NASA-UAP-D4, Apollo 11 Technical Crew Debriefing, 1969
Page 3
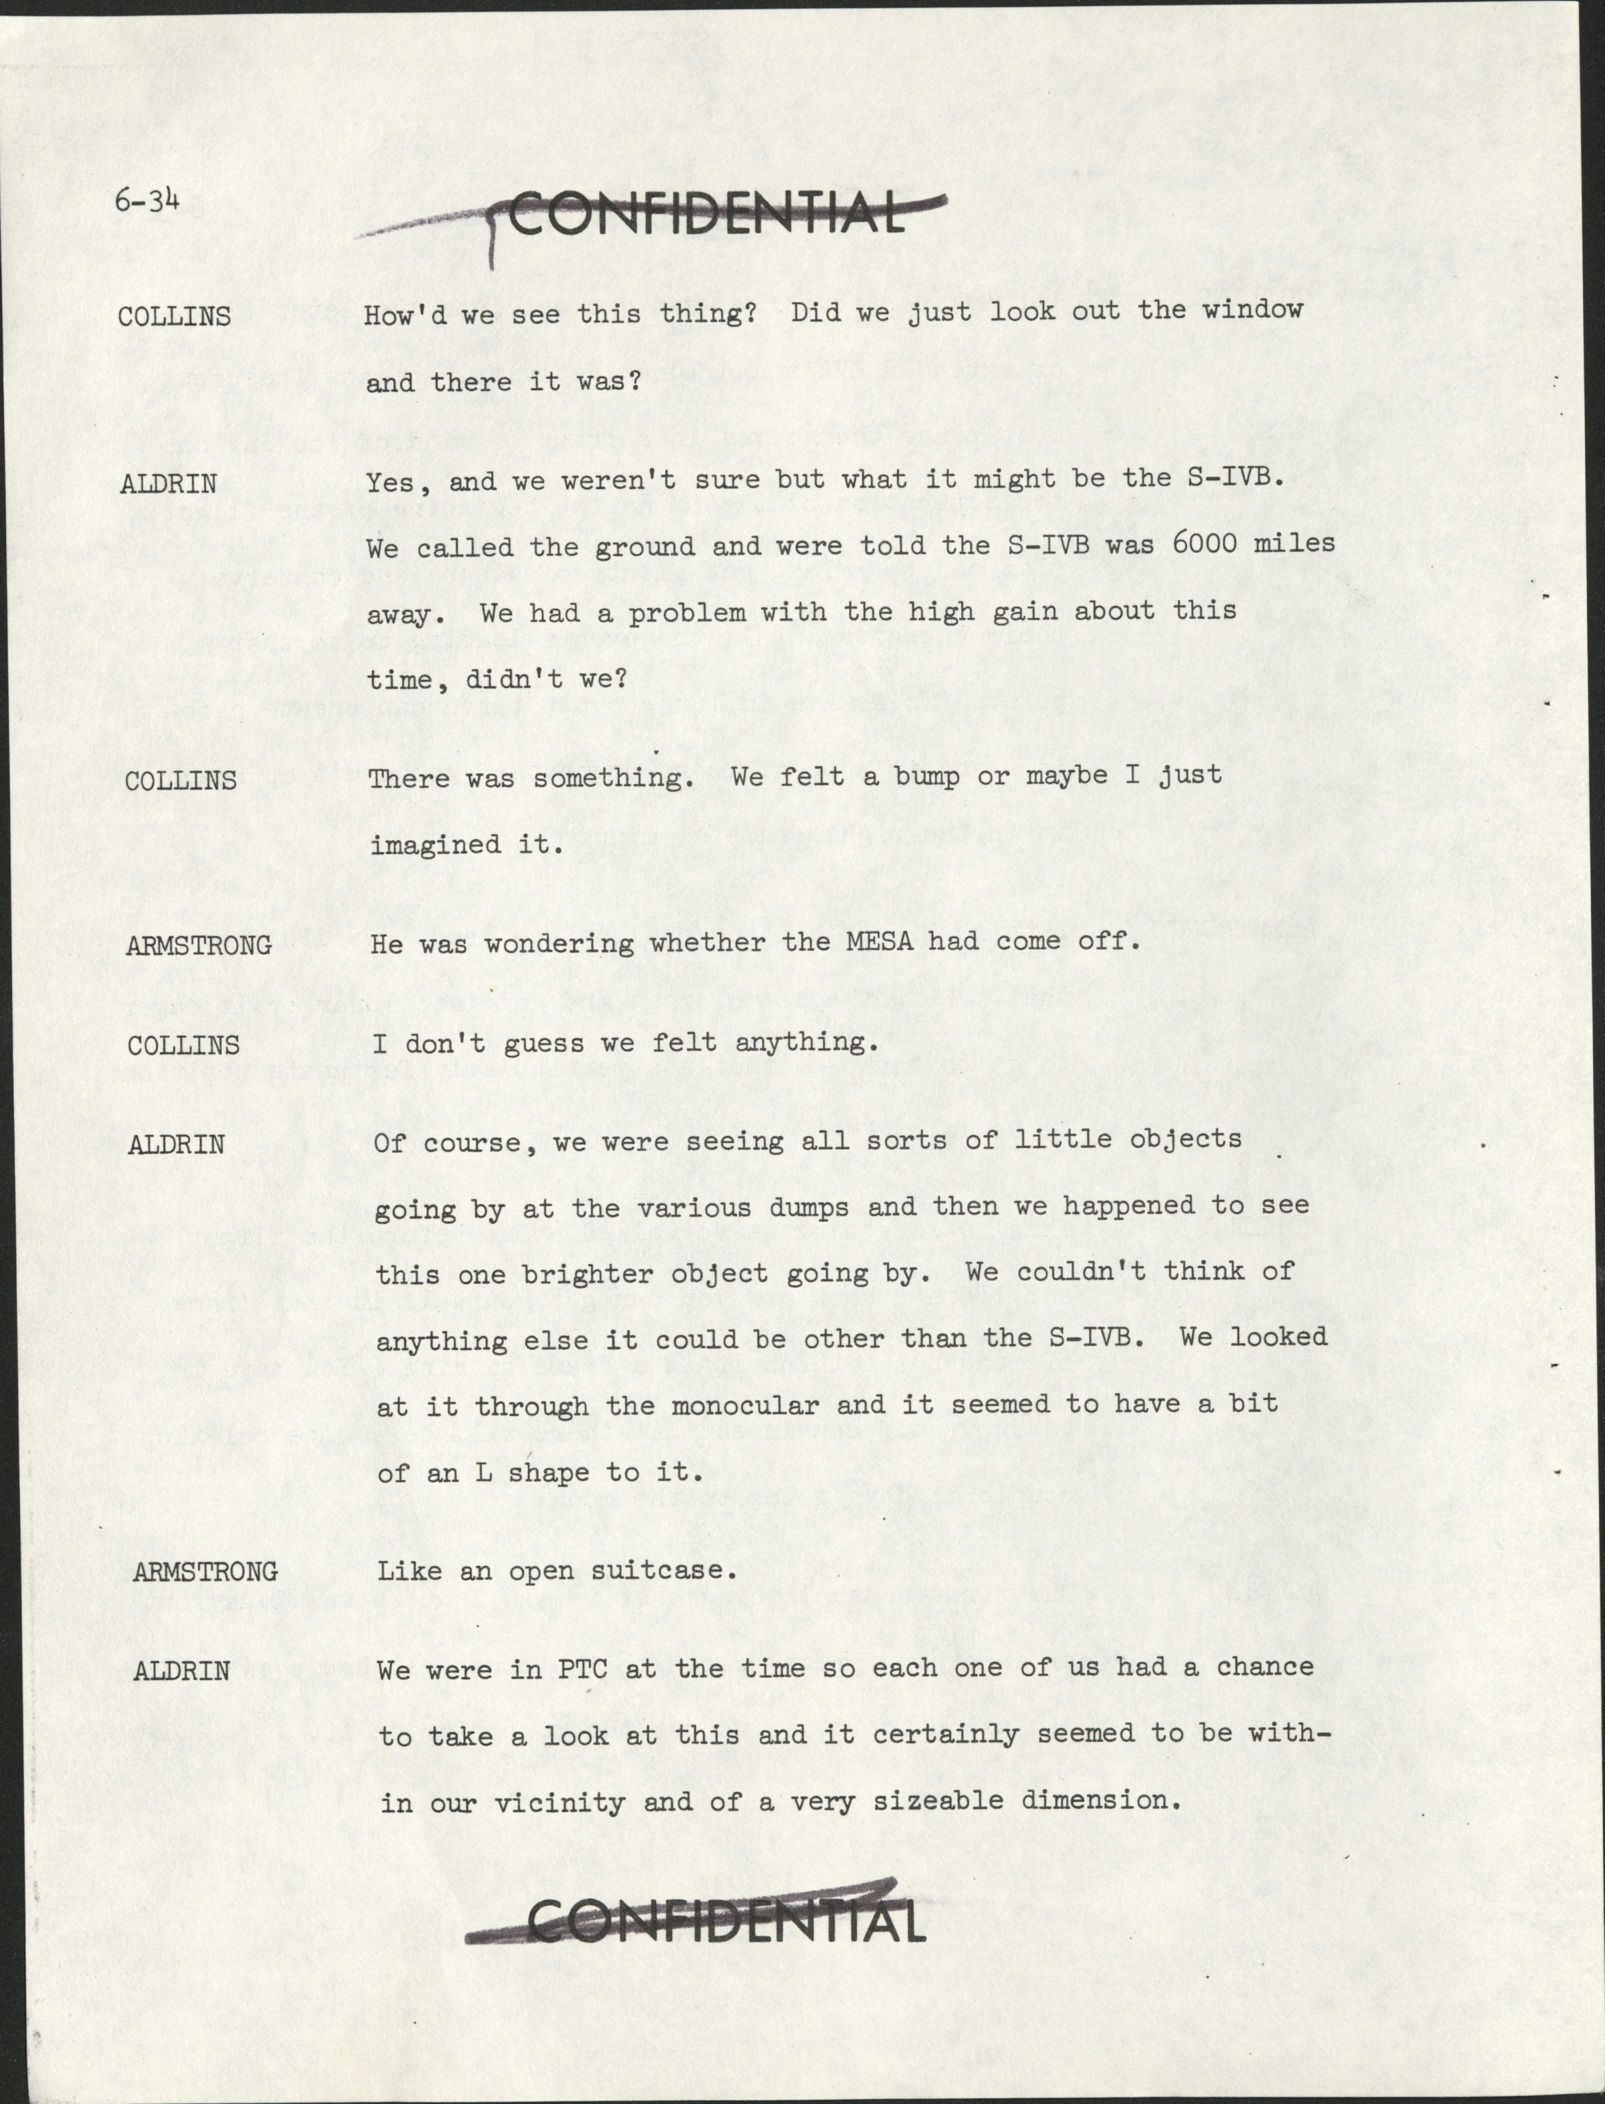